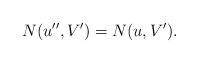
LaTeX: \begin{align*}N(u'',V')=N(u,V').\end{align*}